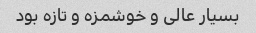
بسیار عالی و خوشمزه و تازه بود